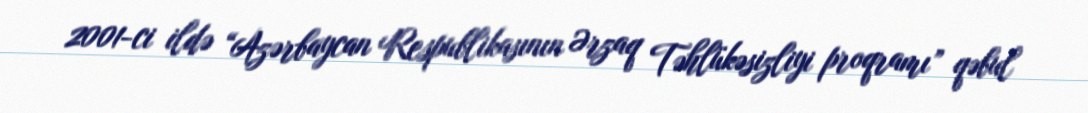
2001-ci ildə “Azərbaycan Respublikasının Ərzaq Təhlükəsizliyi proqramı” qəbul